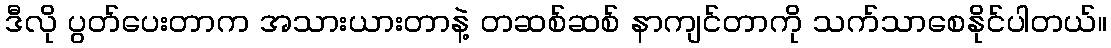
ဒီလို ပွတ်ပေးတာက အသားယားတာနဲ့ တဆစ်ဆစ် နာကျင်တာကို သက်သာစေနိုင်ပါတယ်။